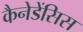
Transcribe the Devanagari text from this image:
कैनेडेंसिस